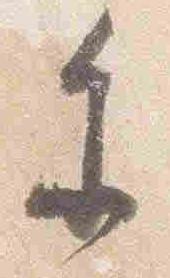
参